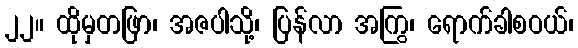
၂၂။ ထိုမှတဖြာ၊ အဇပါသို့၊ ပြန်လာ အကြွ၊ ရောက်ခါစဝယ်၊